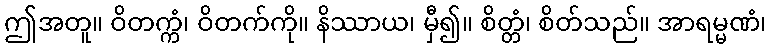
ဤအတူ။ ဝိတက္ကံ၊ ဝိတက်ကို။ နိဿာယ၊ မှီ၍။ စိတ္တံ၊ စိတ်သည်။ အာရမ္မဏံ၊